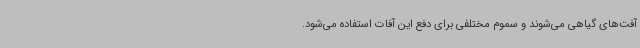
آفت‌های گیاهی می‌شوند و سموم مختلفی برای دفع این آفات استفاده می‌شود.